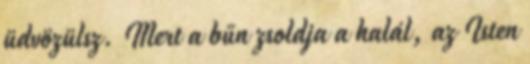
üdvözülsz. Mert a bűn zsoldja a halál, az Isten